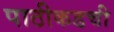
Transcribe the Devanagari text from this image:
पाठीकडची